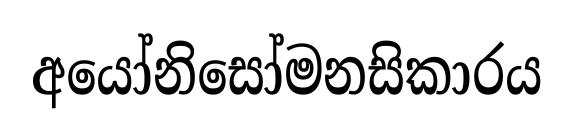
අයෝනිසෝමනසිකාරය